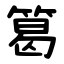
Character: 䈓